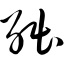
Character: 绌